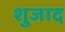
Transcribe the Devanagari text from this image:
शुजाद